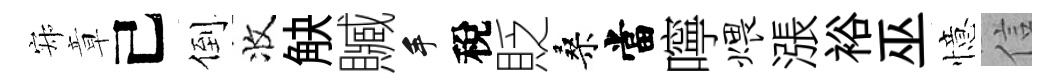
寂章己倒收觖贓手稅貶桑當嚀煨漲裕巫憶信